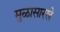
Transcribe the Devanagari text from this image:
मुळासारखे